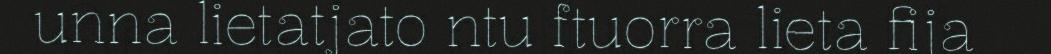
unna lietatjato ntu ftuorra lieta fija